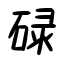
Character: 碌